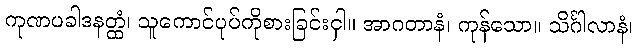
ကုဏပခါဒနတ္ထံ၊ သူကောင်ပုပ်ကိုစားခြင်းငှါ။ အာဂတာနံ၊ ကုန်သော။ သိင်္ဂါလာနံ၊